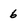
Character: 6